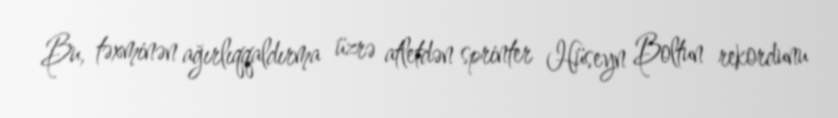
Bu, təxminən ağırlıqqaldırma üzrə atletdən sprinter Hüseyn Boltun rekordunu